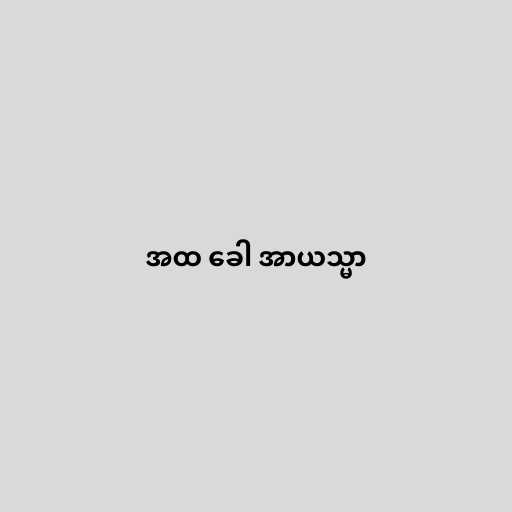
အထ ခေါ အာယသ္မာ